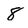
Character: 8